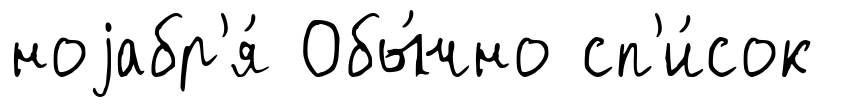
ноjабр'я́ Обы́чно сп'и́сок